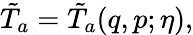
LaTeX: \tilde{T}_{a}=\tilde{T}_{a}(q,p;\eta),